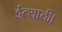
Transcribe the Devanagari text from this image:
ईत्यादी।